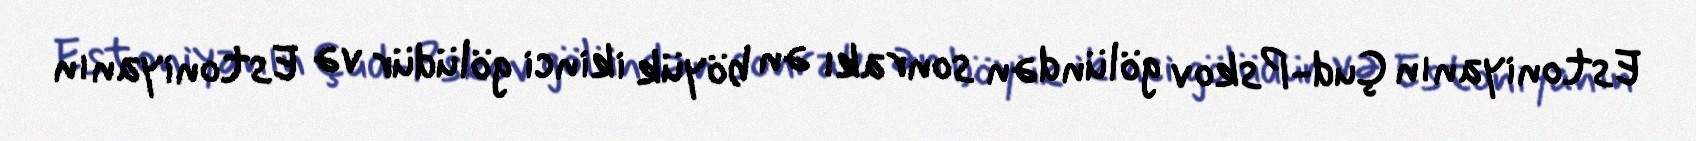
Estoniyanın Çud-Pskov gölündən sonrakı ən böyük ikinci gölüdür və Estoniyanın